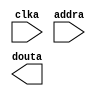
module Color_ROM(
  clka,
  addra,
  douta
);

input clka;
input [11 : 0] addra;
output [7 : 0] douta;

// synthesis translate_off

  BLK_MEM_GEN_V6_2 #(
    .C_ADDRA_WIDTH(12),
    .C_ADDRB_WIDTH(12),
    .C_ALGORITHM(1),
    .C_AXI_ID_WIDTH(4),
    .C_AXI_SLAVE_TYPE(0),
    .C_AXI_TYPE(1),
    .C_BYTE_SIZE(9),
    .C_COMMON_CLK(0),
    .C_DEFAULT_DATA("0"),
    .C_DISABLE_WARN_BHV_COLL(0),
    .C_DISABLE_WARN_BHV_RANGE(0),
    .C_FAMILY("spartan3"),
    .C_HAS_AXI_ID(0),
    .C_HAS_ENA(0),
    .C_HAS_ENB(0),
    .C_HAS_INJECTERR(0),
    .C_HAS_MEM_OUTPUT_REGS_A(0),
    .C_HAS_MEM_OUTPUT_REGS_B(0),
    .C_HAS_MUX_OUTPUT_REGS_A(0),
    .C_HAS_MUX_OUTPUT_REGS_B(0),
    .C_HAS_REGCEA(0),
    .C_HAS_REGCEB(0),
    .C_HAS_RSTA(0),
    .C_HAS_RSTB(0),
    .C_HAS_SOFTECC_INPUT_REGS_A(0),
    .C_HAS_SOFTECC_OUTPUT_REGS_B(0),
    .C_INIT_FILE_NAME("Color_ROM.mif"),
    .C_INITA_VAL("0"),
    .C_INITB_VAL("0"),
    .C_INTERFACE_TYPE(0),
    .C_LOAD_INIT_FILE(1),
    .C_MEM_TYPE(3),
    .C_MUX_PIPELINE_STAGES(0),
    .C_PRIM_TYPE(1),
    .C_READ_DEPTH_A(4000),
    .C_READ_DEPTH_B(4000),
    .C_READ_WIDTH_A(8),
    .C_READ_WIDTH_B(8),
    .C_RST_PRIORITY_A("CE"),
    .C_RST_PRIORITY_B("CE"),
    .C_RST_TYPE("SYNC"),
    .C_RSTRAM_A(0),
    .C_RSTRAM_B(0),
    .C_SIM_COLLISION_CHECK("ALL"),
    .C_USE_BYTE_WEA(0),
    .C_USE_BYTE_WEB(0),
    .C_USE_DEFAULT_DATA(1),
    .C_USE_ECC(0),
    .C_USE_SOFTECC(0),
    .C_WEA_WIDTH(1),
    .C_WEB_WIDTH(1),
    .C_WRITE_DEPTH_A(4000),
    .C_WRITE_DEPTH_B(4000),
    .C_WRITE_MODE_A("WRITE_FIRST"),
    .C_WRITE_MODE_B("WRITE_FIRST"),
    .C_WRITE_WIDTH_A(8),
    .C_WRITE_WIDTH_B(8),
    .C_XDEVICEFAMILY("spartan3e")
  )
  inst (
    .CLKA(clka),
    .ADDRA(addra),
    .DOUTA(douta),
    .RSTA(),
    .ENA(),
    .REGCEA(),
    .WEA(),
    .DINA(),
    .CLKB(),
    .RSTB(),
    .ENB(),
    .REGCEB(),
    .WEB(),
    .ADDRB(),
    .DINB(),
    .DOUTB(),
    .INJECTSBITERR(),
    .INJECTDBITERR(),
    .SBITERR(),
    .DBITERR(),
    .RDADDRECC(),
    .S_ACLK(),
    .S_ARESETN(),
    .S_AXI_AWID(),
    .S_AXI_AWADDR(),
    .S_AXI_AWLEN(),
    .S_AXI_AWSIZE(),
    .S_AXI_AWBURST(),
    .S_AXI_AWVALID(),
    .S_AXI_AWREADY(),
    .S_AXI_WDATA(),
    .S_AXI_WSTRB(),
    .S_AXI_WLAST(),
    .S_AXI_WVALID(),
    .S_AXI_WREADY(),
    .S_AXI_BID(),
    .S_AXI_BRESP(),
    .S_AXI_BVALID(),
    .S_AXI_BREADY(),
    .S_AXI_ARID(),
    .S_AXI_ARADDR(),
    .S_AXI_ARLEN(),
    .S_AXI_ARSIZE(),
    .S_AXI_ARBURST(),
    .S_AXI_ARVALID(),
    .S_AXI_ARREADY(),
    .S_AXI_RID(),
    .S_AXI_RDATA(),
    .S_AXI_RRESP(),
    .S_AXI_RLAST(),
    .S_AXI_RVALID(),
    .S_AXI_RREADY(),
    .S_AXI_INJECTSBITERR(),
    .S_AXI_INJECTDBITERR(),
    .S_AXI_SBITERR(),
    .S_AXI_DBITERR(),
    .S_AXI_RDADDRECC()
  );

// synthesis translate_on

endmodule